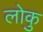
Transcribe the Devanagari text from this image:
लोकु